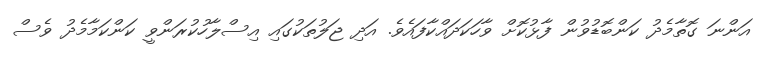
އަންނަ ގޮތާމެދު ކަންބޮޑުވުން ފާޅުކޮށް ވާހަކަދައްކާފައެވެ. އަދި ޖަލުތަކުގައި އިސްލާހުކުރަންވީ ކަންކަމާމެދު ވެސް